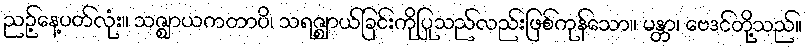
ညဉ့်နေ့ပတ်လုံး။ သဇ္ဈာယကတာပိ၊ သရဇ္ဈာယ်ခြင်းကိုပြုသည်လည်းဖြစ်ကုန်သော။ မန္တာ၊ ဗေဒင်တို့သည်။